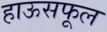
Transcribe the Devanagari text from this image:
हाऊसफूल